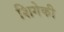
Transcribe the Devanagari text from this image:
शिगेकी